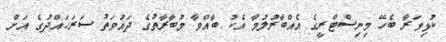
ކުޅިވަރާ ބެހޭ މިނިސްޓްރީގެ އެއްބާރުލުމާ އެކު ބާއްވާ މުބާރާތުގެ ދައުވަތު ސަރަހައްދުގެ އަށް